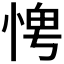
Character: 𪬀